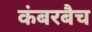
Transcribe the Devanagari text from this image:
कंबरबैच